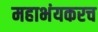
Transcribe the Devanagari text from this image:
महाभंयकरच